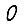
Digit: 0